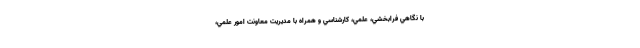
با نگاهي فرابخشي، علمي، كارشناسي و همراه با مديريت معاونت امور علمي،